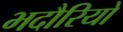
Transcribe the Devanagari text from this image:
भदौरियो